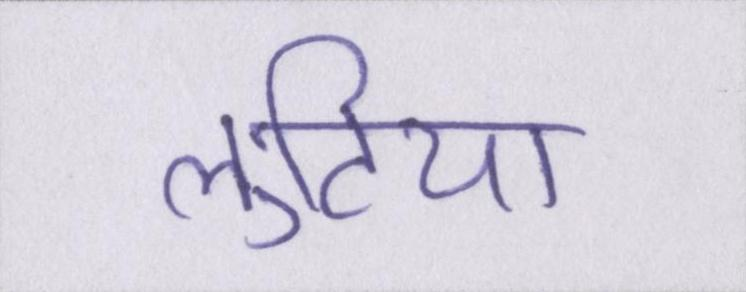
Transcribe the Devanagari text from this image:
लुटिया